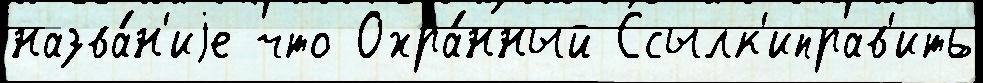
назва́н'иjе что Охра́нный Ссылк'иправ'ить